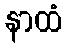
နာထံ